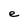
Character: e